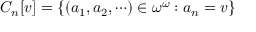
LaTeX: C _ { n } [ v ] = \{ ( a _ { 1 } , a _ { 2 } , \cdots ) \in \omega ^ { \omega } : a _ { n } = v \}